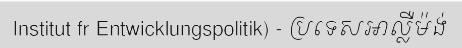
Institut fr Entwicklungspolitik) - ប្រទេសអាល្លឺម៉ង់